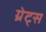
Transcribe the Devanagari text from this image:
ग्रेट्स